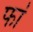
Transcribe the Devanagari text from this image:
फां